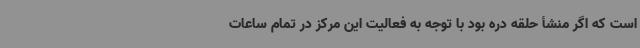
است که اگر منشأ حلقه دره بود با توجه به فعالیت این مرکز در تمام ساعات